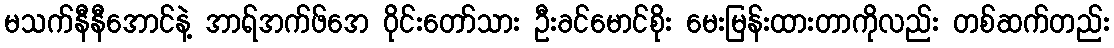
မသက်နီနီအောင်နဲ့ အာရ်အက်ဖ်အေ ဝိုင်းတော်သား ဦးခင်မောင်စိုး မေးမြန်းထားတာကိုလည်း တစ်ဆက်တည်း